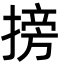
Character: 搒